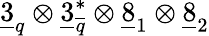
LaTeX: \underline{{{3}}}_{q}\otimes\underline{{{3}}}_{\overline{{{q}}}}^{*}\otimes\underline{{{8}}}_{1}\otimes\underline{{{8}}}_{2}